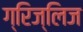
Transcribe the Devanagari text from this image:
ग्रिज्लिज